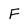
Character: F